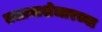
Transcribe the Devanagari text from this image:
तलावाशेजारच्या